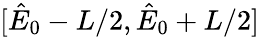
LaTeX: [\hat{E}_{0}-L/2,\hat{E}_{0}+L/2]